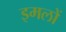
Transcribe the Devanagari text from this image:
इमलों